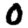
Digit: 0